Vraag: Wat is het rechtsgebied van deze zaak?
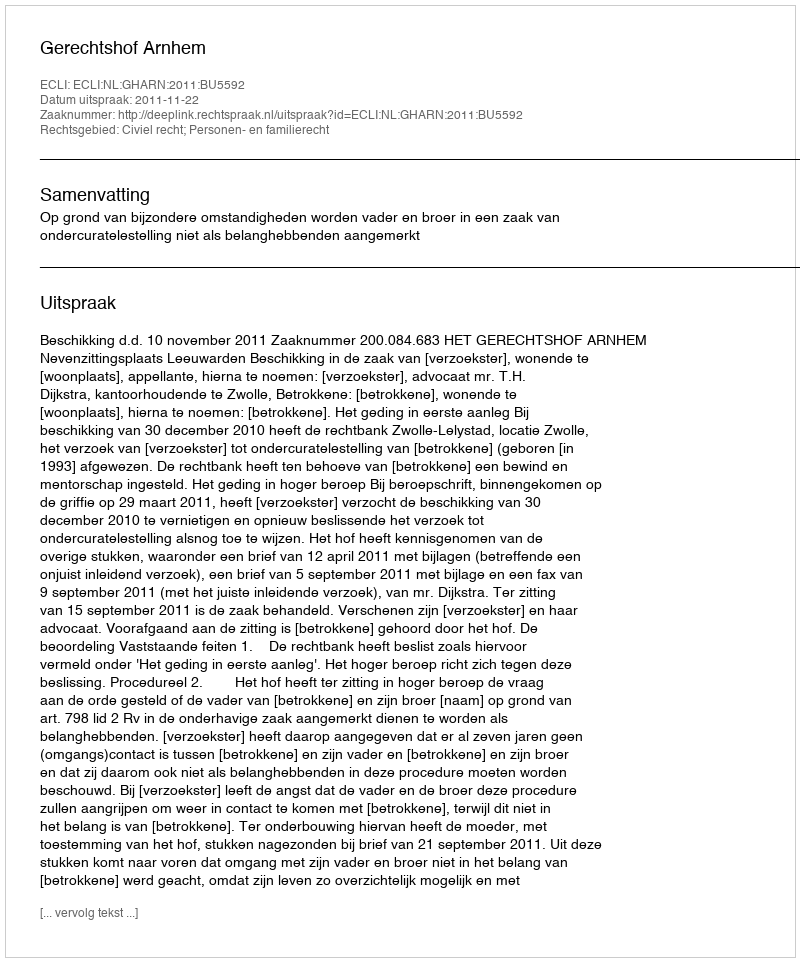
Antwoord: Civiel recht; Personen- en familierecht